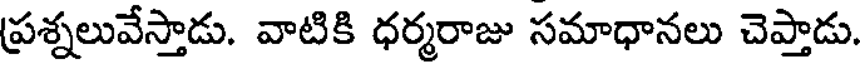
ప్రశ్నలువేస్తాడు. వాటికి ధర్మరాజు సమాధానలు చెప్తాడు.